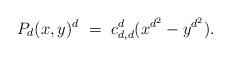
LaTeX: \begin{align*}P_d(x,y)^d ~=~ c_{d,d}^d(x^{d^2}-y^{d^2}).\end{align*}